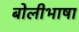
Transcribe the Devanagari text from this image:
बाेलीभाषा